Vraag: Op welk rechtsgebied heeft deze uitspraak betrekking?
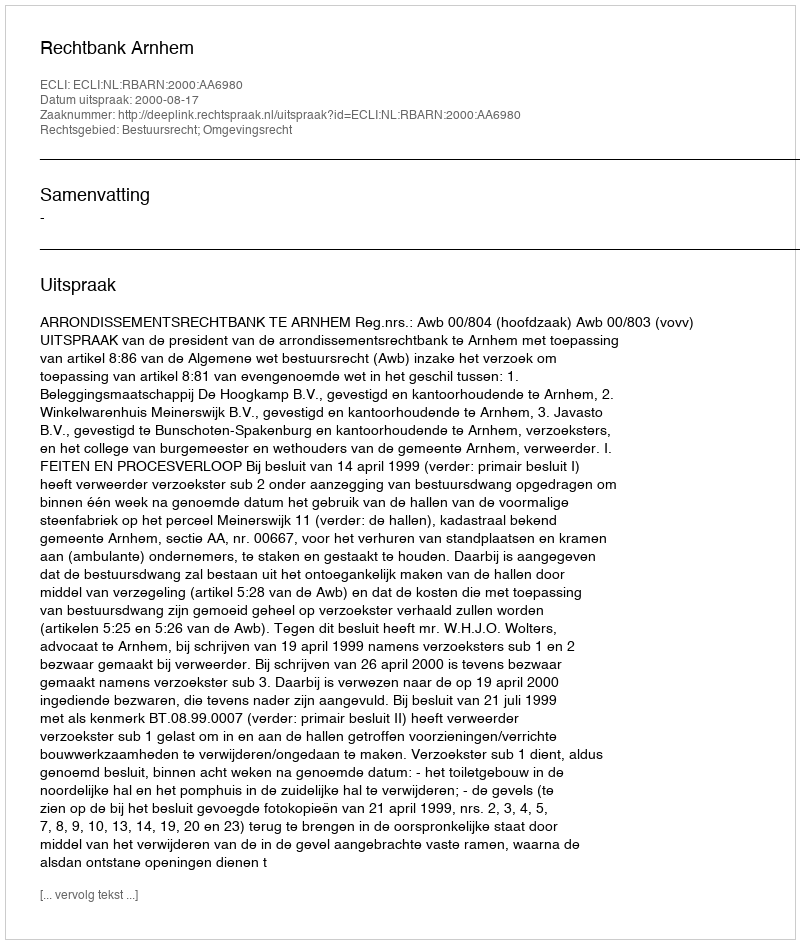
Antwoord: Bestuursrecht; Omgevingsrecht